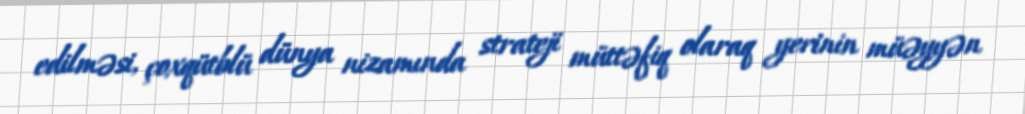
edilməsi, çoxqütblü dünya nizamında strateji müttəfiq olaraq yerinin müəyyən